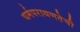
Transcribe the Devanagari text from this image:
धर्मपरायणतेची